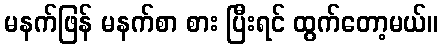
မနက်ဖြန် မနက်စာ စား ပြီးရင် ထွက်တော့မယ်။